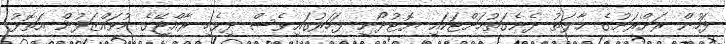
ފަހުން ރަށްރަށުގެ ޙާލަތު ދެނެގަތުމަށްޓަކައި ޔޮޓުދޯނި ފަހަރުގައިވެސް ދިވެހި ރާއްޖޭގެ މުވައްޒަފުން އަތޮޅު